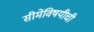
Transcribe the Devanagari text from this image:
सीमेविषयीची